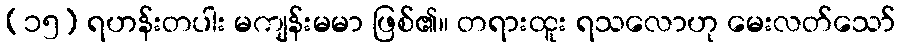
(၁၅) ရဟန်းတပါး မကျန်းမမာ ဖြစ်၏။ တရားထူး ရသလောဟု မေးလတ်သော်